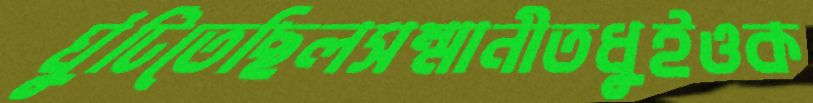
ঘুঁটিতেছিলসম্মানীতধুইওক